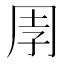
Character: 𭎈